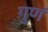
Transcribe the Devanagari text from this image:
गुणं